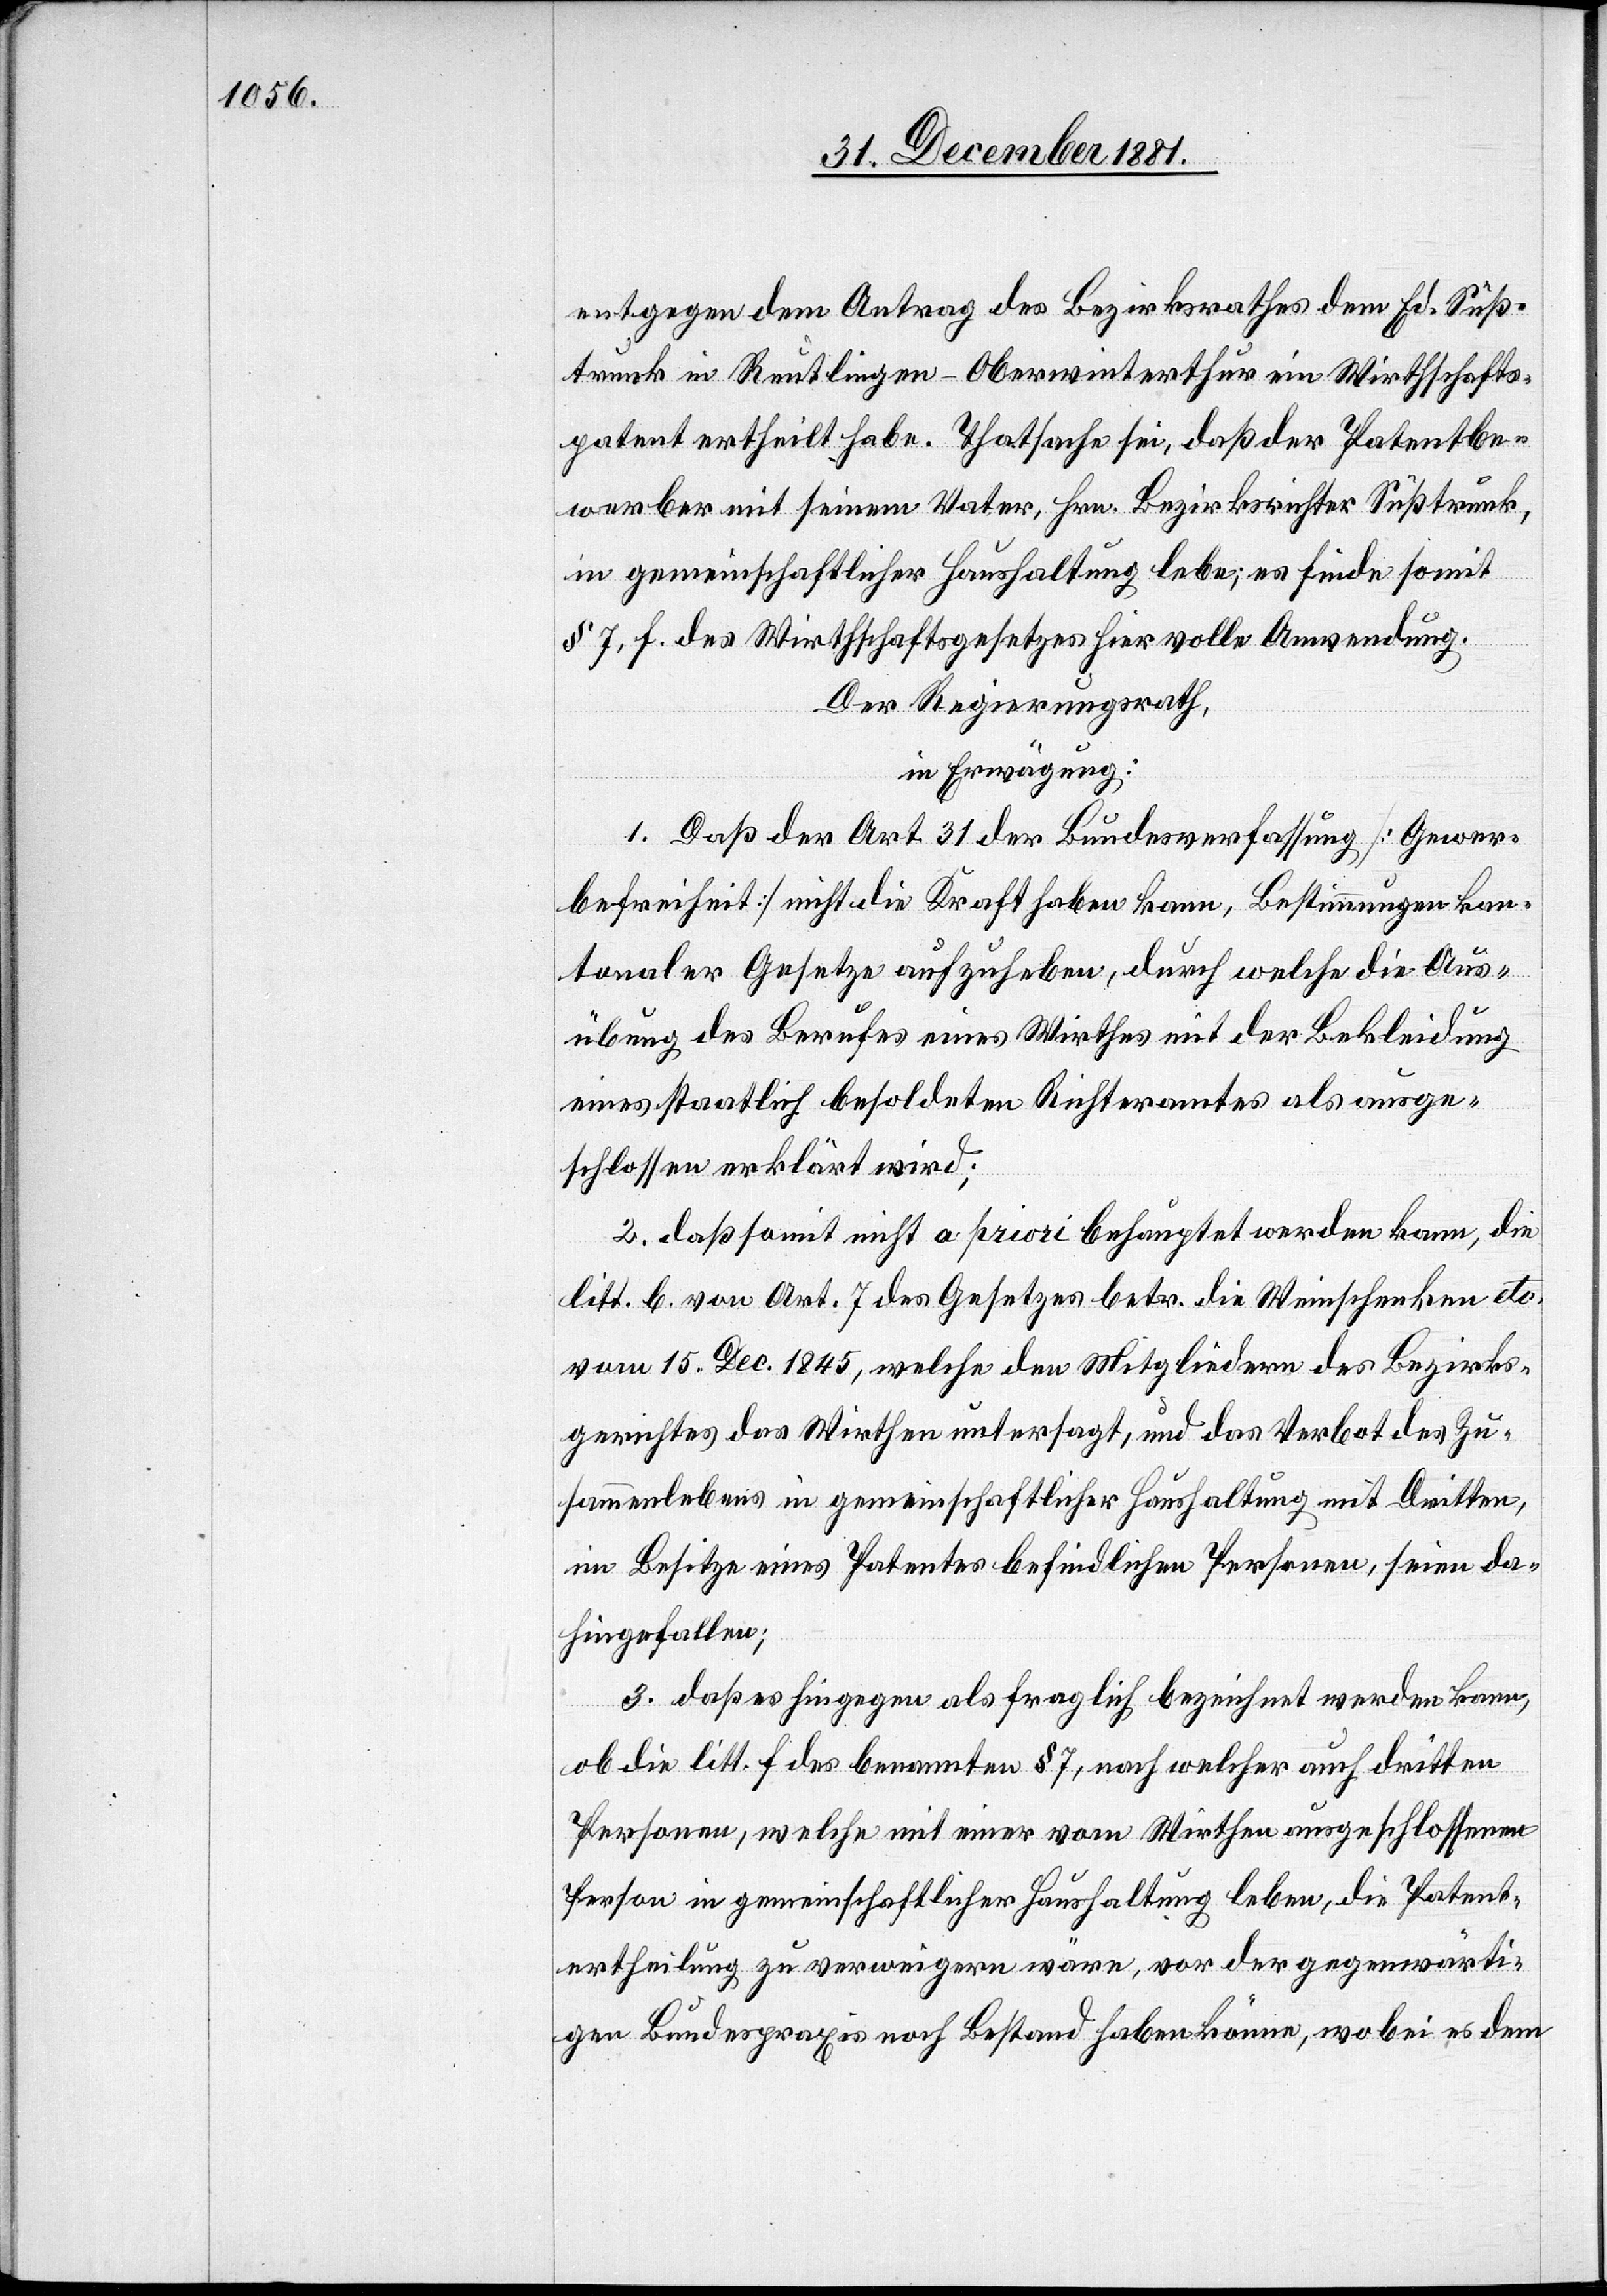
entgegen dem Antrag des Bezirksrathes dem Ed. Süß¬
trunk in Reutlingen - Oberwinterthur ein Wirthschafts¬
patent ertheilt habe. Thatsache sei, daß der Patentbe¬
werber mit seinem Vater, Hrn. Bezirksrichter Süßtrunk,
in gemeinschaftlicher Haushaltung lebe; es finde somit
§ 7, f. des Wirthschaftsgesetzes hier volle Anwendung.
Der Regierungsrath,
in Erwägung:
1. Daß der Art. 31 der Bundesverfassung [Gewer¬
befreiheit] nicht die Kraft haben kann, Bestimmungen kan¬
tonaler Gesetze aufzuheben, durch welche die Aus¬
übung des Berufes eines Wirthes mit der Bekleidung
eines staatlich besoldeten Richteramtes als ausge¬
schlossen erklärt wird;
2. daß somit nicht a priori behauptet werden kann, die
litt. b von Art. 7 des Gesetzes betr. die Weinschenken etc.
vom 15. Deb. 1845, welche den Mitgliedern des Bezirks¬
gerichtes das Wirthen untersagt, und das Verbot des Zu¬
sammenlebens in gemeinschaftlicher Haushaltung mit Dritten,
im Besitze eines Patentes befindlichen Personen, seien da¬
hingefallen;
3. daß es hingegen als fraglich bezeichnet werden kann,
ob die litt. f des benannten § 7, nach welcher auch dritten
Personen, welche mit einer vom Wirthen ausgeschlossenen
Person in gemeinschaftlicher Haushaltung leben, die Patent¬
ertheilung zu verweigern wäre, vor der gegenwärti¬
gen Bundespraxis noch Bestand haben könne, wobei es dem